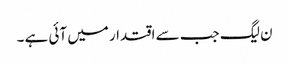
ن لیگ جب سے اقتدار میں آئی ہے ۔